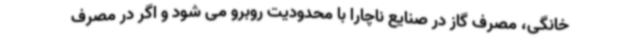
خانگی، مصرف گاز در صنایع ناچارا با محدودیت روبرو می شود و اگر در مصرف